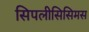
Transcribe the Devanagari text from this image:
सिपलीसिसिमस